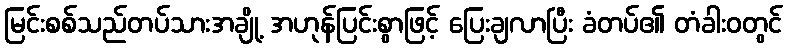
မြင်းစစ်သည်တပ်သားအချို့ အဟုန်ပြင်းစွာဖြင့် ပြေးချလာပြီး ခံတပ်၏ တံခါးဝတွင်